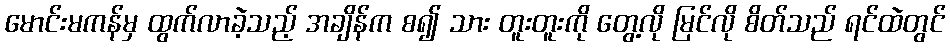
မောင်းမကန်မှ ထွက်လာခဲ့သည့် အချိန်က စ၍ သား တူးတူးကို တွေ့လို မြင်လို စိတ်သည် ရင်ထဲတွင်